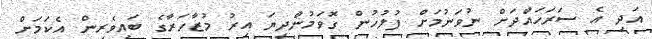
އަދި އެ ސަރަހައްދަށް ނުވަނުމަށް ފުލުހުން ގޮވަމުންދިޔަ އިރު މުޒާހަރާގެ ބައިވެރިން އެކަމަށް